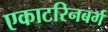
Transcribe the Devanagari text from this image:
एकाटरिनबर्ग